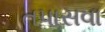
તપાસવા